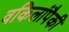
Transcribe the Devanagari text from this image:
वकिलांपैकी